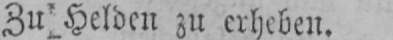
Zu Helden zu erheben.